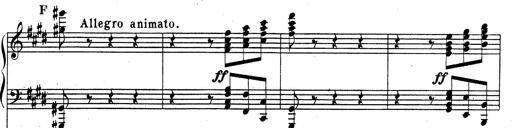
Title: Rhapsodie espagnole
Composer: Franz Liszt